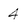
Character: 4